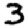
Digit: 3